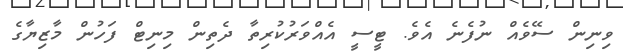
ވިނިން ސޭވެއް ނުފެނެ އެވެ. ޓީސީ އެއްވަރުކުރިތާ ދެތިން މިނިޓް ފަހުން މާޒިޔާގެ